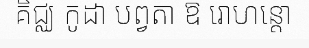
គិជ្ឈ កូដា បព្វតា ឱ រោហន្តោ